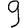
Digit: 9